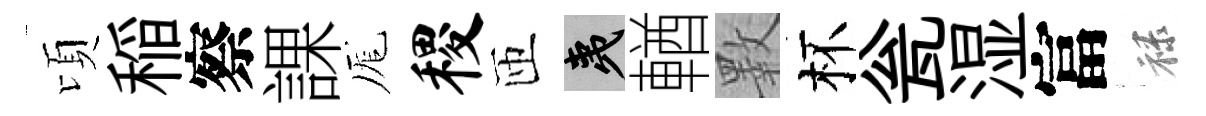
頃稲察課厖稷匝夷輶斁杯瓮湿富禄